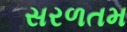
સરળતમ